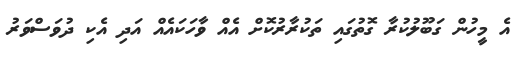
އެ މީހުން ގަބޫލުކުރާ ގޮތުގައި ތަކުރާރުކޮށް އެއް ވާހަކައެއް އަދި އެކި ދުވަސްވަރު